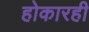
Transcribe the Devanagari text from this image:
होकारही